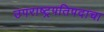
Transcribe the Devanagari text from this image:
उपराष्ट्रपतिपदाचा